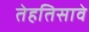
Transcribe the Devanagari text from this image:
तेहतिसावे